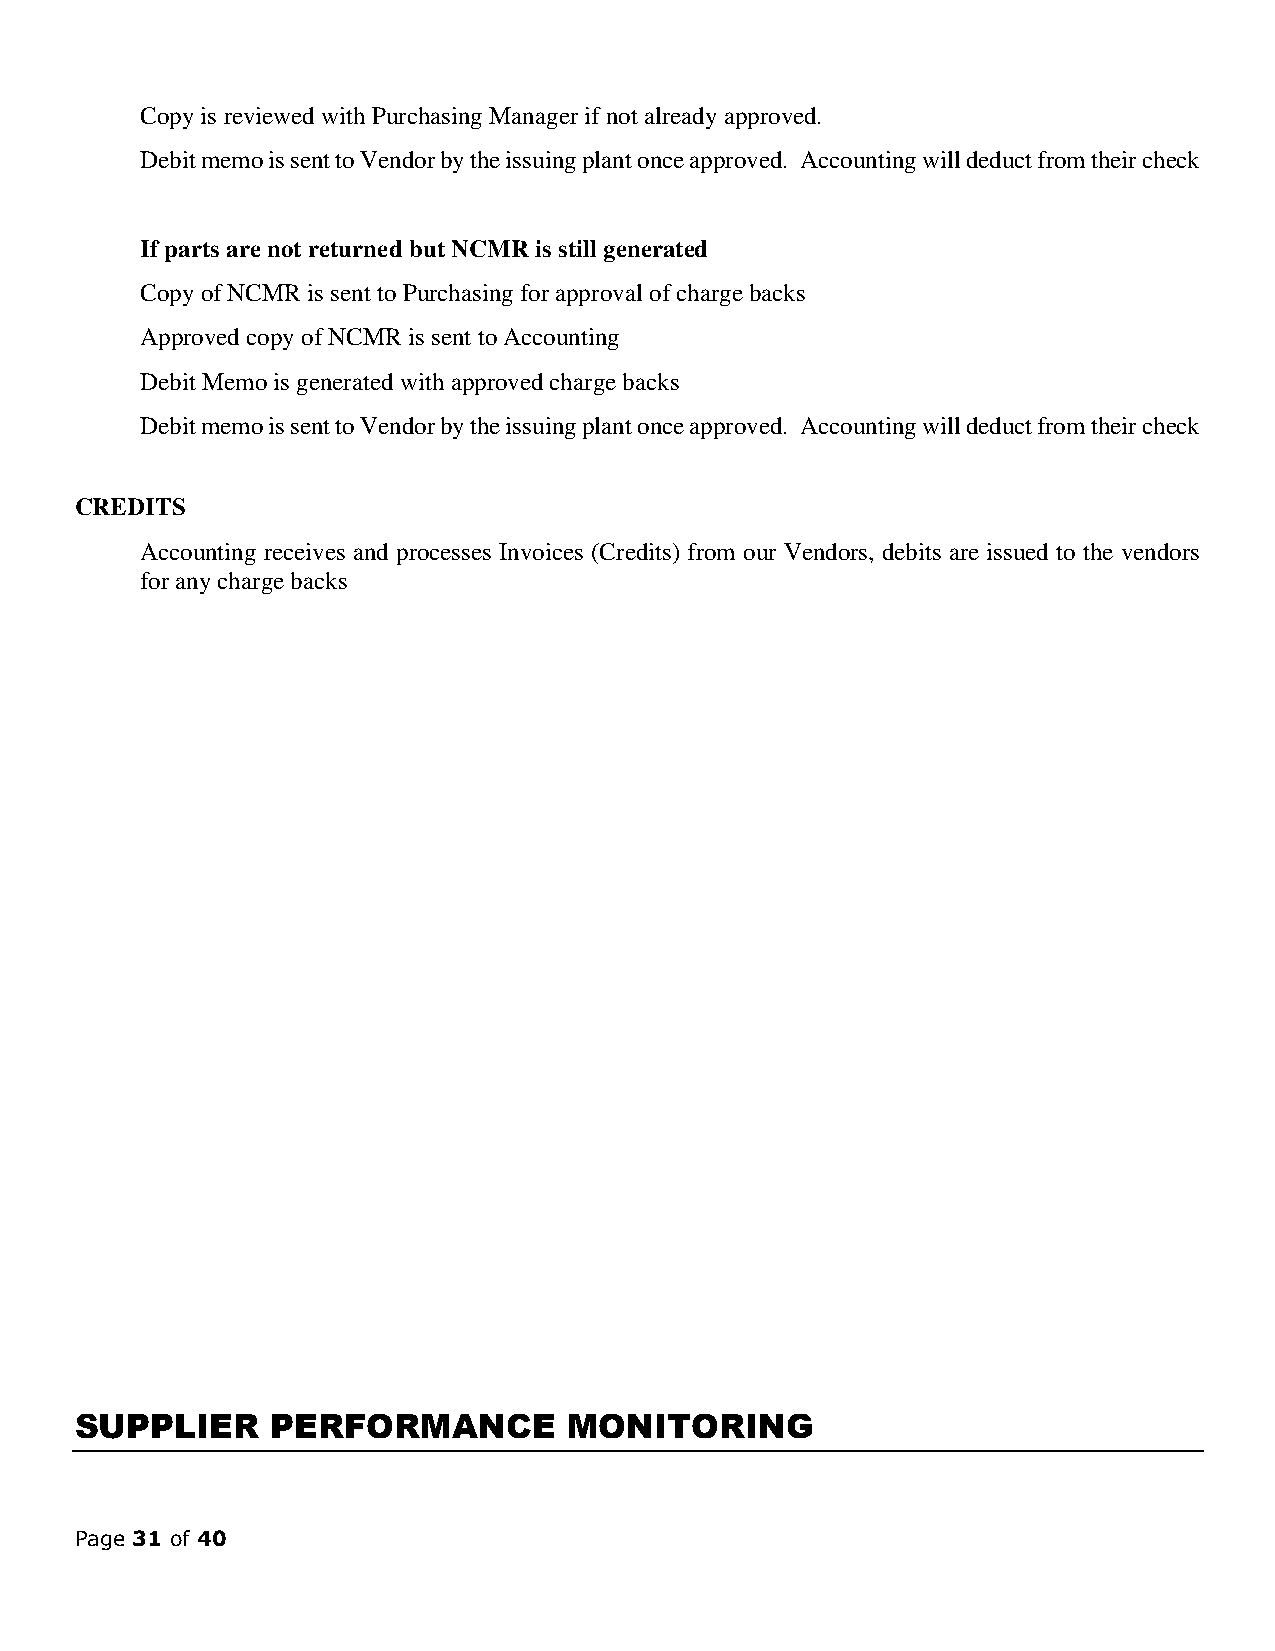
Copy is reviewed with Purchasing Manager if not already approved.
 Debit memo is sent to Vendor by the issuing plant once approved. Accounting will deduct from their check
 If parts are not returned but NCMR is still generated
 Copy of NCMR is sent to Purchasing for approval of charge backs
 Approved copy of NCMR is sent to Accounting
 Debit Memo is generated with approved charge backs
 Debit memo is sent to Vendor by the issuing plant once approved. Accounting will deduct from their check
 CREDITS
 Accounting receives and processes Invoices (Credits) from our Vendors, debits are issued to the vendors
 for any charge backs
 SUPPLIER     PERFORMANCE         MONITORING
 Page 31 of 40